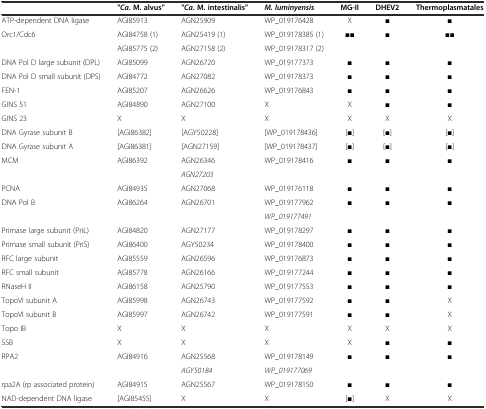
<table><thead><tr><td></td><td><b>&quot;<i>Ca</i>. M. alvus&quot;</b></td><td><b>&quot;<i>Ca</i>. M. intestinalis&quot;</b></td><td><b><i>M. luminyensis</i></b></td><td><b>MG-II</b></td><td><b>DHEV2</b></td><td><b>Thermoplasmatales</b></td></tr></thead><tbody><tr><td>ATP-dependent DNA ligase</td><td>AGI85913</td><td>AGN25909</td><td>WP_019176428</td><td>X</td><td>■</td><td>■</td></tr><tr><td rowspan="2">Orc1/Cdc6</td><td>AGI84758 (1)</td><td>AGN25419 (1)</td><td>WP_019178385 (1)</td><td rowspan="2">■■</td><td rowspan="2">■</td><td rowspan="2">■■</td></tr><tr><td>AGI85775 (2)</td><td>AGN27158 (2)</td><td>WP_019178317 (2)</td></tr><tr><td>DNA Pol D large subunit (DPL)</td><td>AGI85099</td><td>AGN26720</td><td>WP_019177373</td><td>■</td><td>■</td><td>■</td></tr><tr><td>DNA Pol D small subunit (DPS)</td><td>AGI84772</td><td>AGN27082</td><td>WP_019178373</td><td>■</td><td>■</td><td>■</td></tr><tr><td>FEN-1</td><td>AGI85207</td><td>AGN26626</td><td>WP_019176843</td><td>■</td><td>■</td><td>■</td></tr><tr><td>GINS 51</td><td>AGI84890</td><td>AGN27100</td><td>X</td><td>X</td><td>■</td><td>■</td></tr><tr><td>GINS 23</td><td>X</td><td>X</td><td>X</td><td>X</td><td>X</td><td>X</td></tr><tr><td>DNA Gyrase subunit B</td><td>[AGI86382]</td><td>[AGY50228]</td><td>[WP_019178436]</td><td>[■]</td><td>[■]</td><td>[■]</td></tr><tr><td>DNA Gyrase subunit A</td><td>[AGI86381]</td><td>[AGN27159]</td><td>[WP_019178437]</td><td>[■]</td><td>[■]</td><td>[■]</td></tr><tr><td rowspan="2">MCM</td><td rowspan="2">AGI86392</td><td>AGN26346</td><td rowspan="2">WP_019178416</td><td rowspan="2">■</td><td rowspan="2">■</td><td rowspan="2">■</td></tr><tr><td><i>AGN27203</i></td></tr><tr><td>PCNA</td><td>AGI84935</td><td>AGN27068</td><td>WP_019176118</td><td>■</td><td>■</td><td>■</td></tr><tr><td rowspan="2">DNA Pol B</td><td rowspan="2">AGI86264</td><td rowspan="2">AGN26701</td><td>WP_019177962</td><td rowspan="2">■</td><td rowspan="2">■</td><td rowspan="2">■</td></tr><tr><td><i>WP_019177491</i></td></tr><tr><td>Primase large subunit (PriL)</td><td>AGI84820</td><td>AGN27177</td><td>WP_019178297</td><td>■</td><td>■</td><td>■</td></tr><tr><td>Primase small subunit (PriS)</td><td>AGI86400</td><td>AGY50234</td><td>WP_019178400</td><td>■</td><td>■</td><td>■</td></tr><tr><td>RFC large subunit</td><td>AGI85559</td><td>AGN26596</td><td>WP_019176873</td><td>■</td><td>■</td><td>■</td></tr><tr><td>RFC small subunit</td><td>AGI85778</td><td>AGN26166</td><td>WP_019177244</td><td>■</td><td>■</td><td>■</td></tr><tr><td>RNaseH II</td><td>AGI86158</td><td>AGN25790</td><td>WP_019177553</td><td>■</td><td>■</td><td>■</td></tr><tr><td>TopoVI subunit A</td><td>AGI85998</td><td>AGN26743</td><td>WP_019177592</td><td>■</td><td>■</td><td>X</td></tr><tr><td>TopoVI subunit B</td><td>AGI85997</td><td>AGN26742</td><td>WP_019177591</td><td>■</td><td>■</td><td>X</td></tr><tr><td>Topo IB</td><td>X</td><td>X</td><td>X</td><td>X</td><td>X</td><td>X</td></tr><tr><td>SSB</td><td>X</td><td>X</td><td>X</td><td>X</td><td>■</td><td>■</td></tr><tr><td rowspan="2">RPA2</td><td rowspan="2">AGI84916</td><td>AGN25568</td><td>WP_019178149</td><td rowspan="2">■</td><td rowspan="2">■</td><td rowspan="2">■</td></tr><tr><td><i>AGY50184</i></td><td><i>WP_019177069</i></td></tr><tr><td>rpa2A (rp associated protein)</td><td>AGI84915</td><td>AGN25567</td><td>WP_019178150</td><td>■</td><td>■</td><td>■</td></tr><tr><td>NAD-dependent DNA ligase</td><td>[AGI85455]</td><td>X</td><td>X</td><td>[■]</td><td>X</td><td>X</td></tr></tbody></table>